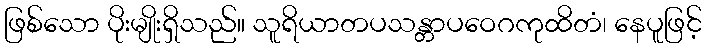
ဖြစ်သော ပိုးမျိုးရှိသည်။ သူရိယာတပသန္တာပဝေဂကုထိတံ၊ နေပူဖြင့်